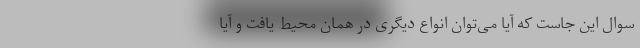
سوال این جاست که آیا می‌توان انواع دیگری در همان محیط یافت و آیا